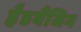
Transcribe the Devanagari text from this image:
हैडबैंजिग